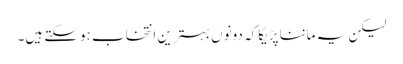
لیکن یہ ماننا پڑیگا کہ دونوں بہترین انتخاب ہوسکتے ہیں۔